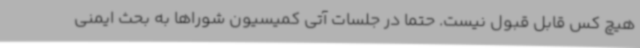
هیچ کس قابل قبول نیست. حتما در جلسات آتی کمیسیون شوراها به بحث ایمنی